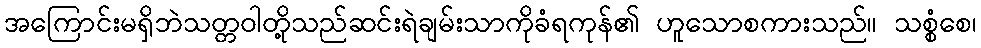
အကြောင်းမရှိဘဲသတ္တဝါတို့သည်ဆင်းရဲချမ်းသာကိုခံရကုန်၏ ဟူသောစကားသည်။ သစ္စံစေ၊